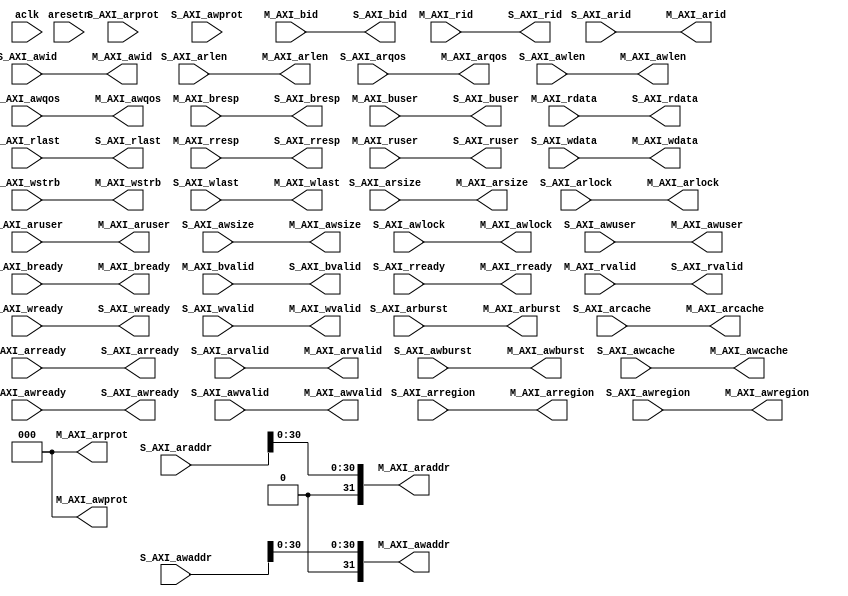
// This program was cloned from: https://github.com/esa-tu-darmstadt/tapasco
// License: GNU Lesser General Public License v3.0

/*
 * AXI offset. Set highest address bit to zero.
 *
 * Copyright (c) 2018 Embedded Systems and Applications Group, TU Darmstadt
 */

`default_nettype none

module axi_generic_offset #(
    parameter BYTES_PER_WORD = 16,
    parameter ADDRESS_WIDTH = 32,
    parameter ID_WIDTH = 6,
    parameter OVERWRITE_BITS = 1,
    parameter HIGHEST_ADDR_BIT = 0
) (
    input wire aclk,
    input wire aresetn,

    input  wire [ADDRESS_WIDTH-1:0]     S_AXI_araddr,
    input  wire [7:0]                   S_AXI_arlen,
    input  wire [2:0]                   S_AXI_arprot,
    input  wire [2:0]                   S_AXI_arsize,
    input  wire [1:0]                   S_AXI_arburst,
    input  wire                         S_AXI_arlock,
    input  wire [3:0]                   S_AXI_arcache,
    input  wire [3:0]                   S_AXI_arqos,
    input  wire [3:0]                   S_AXI_arregion,
    input  wire                         S_AXI_aruser,
    input  wire [ID_WIDTH-1:0]          S_AXI_arid,
    output wire                         S_AXI_arready,
    input  wire                         S_AXI_arvalid,
    input  wire [ADDRESS_WIDTH-1:0]     S_AXI_awaddr,
    input  wire [7:0]                   S_AXI_awlen,
    input  wire [2:0]                   S_AXI_awprot,
    input  wire [2:0]                   S_AXI_awsize,
    input  wire [1:0]                   S_AXI_awburst,
    input  wire                         S_AXI_awlock,
    input  wire [3:0]                   S_AXI_awcache,
    input  wire [3:0]                   S_AXI_awqos,
    input  wire [3:0]                   S_AXI_awregion,
    input  wire                         S_AXI_awuser,
    input  wire [ID_WIDTH-1:0]          S_AXI_awid,
    output wire                         S_AXI_awready,
    input  wire                         S_AXI_awvalid,
    input  wire                         S_AXI_bready,
    output wire                         S_AXI_bvalid,
    output wire [ID_WIDTH-1:0]          S_AXI_bid,
    output wire [1:0]                   S_AXI_bresp,
    output wire                         S_AXI_buser,
    output wire [BYTES_PER_WORD*8-1:0]  S_AXI_rdata,
    output wire                         S_AXI_rlast,
    input  wire                         S_AXI_rready,
    output wire                         S_AXI_rvalid,
    output wire [ID_WIDTH-1:0]          S_AXI_rid,
    output wire [1:0]                   S_AXI_rresp,
    output wire                         S_AXI_ruser,
    input  wire [BYTES_PER_WORD*8-1:0]  S_AXI_wdata,
    input  wire [BYTES_PER_WORD-1:0]    S_AXI_wstrb,
    input  wire                         S_AXI_wlast,
    output wire                         S_AXI_wready,
    input  wire                         S_AXI_wvalid,

    output wire [ADDRESS_WIDTH-1:0]     M_AXI_araddr,
    output wire [7:0]                   M_AXI_arlen,
    output wire [2:0]                   M_AXI_arprot,
    output wire [2:0]                   M_AXI_arsize,
    output wire [1:0]                   M_AXI_arburst,
    output wire                         M_AXI_arlock,
    output wire [3:0]                   M_AXI_arcache,
    output wire [3:0]                   M_AXI_arqos,
    output wire [3:0]                   M_AXI_arregion,
    output wire                         M_AXI_aruser,
    output wire [ID_WIDTH-1:0]          M_AXI_arid,
    input  wire                         M_AXI_arready,
    output wire                         M_AXI_arvalid,
    output wire [ADDRESS_WIDTH-1:0]     M_AXI_awaddr,
    output wire [7:0]                   M_AXI_awlen,
    output wire [2:0]                   M_AXI_awprot,
    output wire [2:0]                   M_AXI_awsize,
    output wire [1:0]                   M_AXI_awburst,
    output wire                         M_AXI_awlock,
    output wire [3:0]                   M_AXI_awcache,
    output wire [3:0]                   M_AXI_awqos,
    output wire [3:0]                   M_AXI_awregion,
    output wire                         M_AXI_awuser,
    output wire [ID_WIDTH-1:0]          M_AXI_awid,
    input  wire                         M_AXI_awready,
    output wire                         M_AXI_awvalid,
    output wire                         M_AXI_bready,
    input  wire                         M_AXI_bvalid,
    input  wire [ID_WIDTH-1:0]          M_AXI_bid,
    input  wire [1:0]                   M_AXI_bresp,
    input  wire                         M_AXI_buser,
    input  wire [BYTES_PER_WORD*8-1:0]  M_AXI_rdata,
    input  wire                         M_AXI_rlast,
    output wire                         M_AXI_rready,
    input  wire                         M_AXI_rvalid,
    input  wire [ID_WIDTH-1:0]          M_AXI_rid,
    input  wire [1:0]                   M_AXI_rresp,
    input  wire                         M_AXI_ruser,
    output wire [BYTES_PER_WORD*8-1:0]  M_AXI_wdata,
    output wire [BYTES_PER_WORD-1:0]    M_AXI_wstrb,
    output wire                         M_AXI_wlast,
    input  wire                         M_AXI_wready,
    output wire                         M_AXI_wvalid
);

assign M_AXI_araddr = {HIGHEST_ADDR_BIT[OVERWRITE_BITS-1:0],S_AXI_araddr[ADDRESS_WIDTH-OVERWRITE_BITS-1:0]};
assign M_AXI_arlen = S_AXI_arlen;

// overwrite arprot with "Secure Data Unpriviledged" to prevent DECERR returned by memory controller of the PYNQ 
assign M_AXI_arprot = 3'b000;
assign M_AXI_arsize = S_AXI_arsize;
assign M_AXI_arburst = S_AXI_arburst;
assign M_AXI_arlock = S_AXI_arlock;
assign M_AXI_arcache = S_AXI_arcache;
assign M_AXI_arqos = S_AXI_arqos;
assign M_AXI_arregion = S_AXI_arregion;
assign M_AXI_aruser = S_AXI_aruser;
assign M_AXI_arid = S_AXI_arid;
assign M_AXI_arvalid = S_AXI_arvalid;

assign M_AXI_awaddr = {HIGHEST_ADDR_BIT[OVERWRITE_BITS-1:0],S_AXI_awaddr[ADDRESS_WIDTH-OVERWRITE_BITS-1:0]};
assign M_AXI_awlen = S_AXI_awlen;

// overwrite awprot with "Secure Data Unpriviledged" to prevent DECERR returned by memory controller of the PYNQ 
assign M_AXI_awprot = 3'b000;
assign M_AXI_awsize = S_AXI_awsize;
assign M_AXI_awburst = S_AXI_awburst;
assign M_AXI_awlock = S_AXI_awlock;
assign M_AXI_awcache = S_AXI_awcache;
assign M_AXI_awqos = S_AXI_awqos;
assign M_AXI_awregion = S_AXI_awregion;
assign M_AXI_awuser = S_AXI_awuser;
assign M_AXI_awid = S_AXI_awid;
assign M_AXI_awvalid = S_AXI_awvalid;

assign M_AXI_bready = S_AXI_bready;
assign S_AXI_bid = M_AXI_bid;
assign S_AXI_bresp = M_AXI_bresp;
assign S_AXI_buser = M_AXI_buser;

assign M_AXI_rready = S_AXI_rready;
assign M_AXI_wdata = S_AXI_wdata;
assign M_AXI_wstrb = S_AXI_wstrb;
assign M_AXI_wlast = S_AXI_wlast;
assign M_AXI_wvalid = S_AXI_wvalid;

assign S_AXI_arready = M_AXI_arready;
assign S_AXI_awready = M_AXI_awready;
assign S_AXI_bvalid = M_AXI_bvalid;
assign S_AXI_rdata = M_AXI_rdata;
assign S_AXI_rlast = M_AXI_rlast;
assign S_AXI_rvalid = M_AXI_rvalid;
assign S_AXI_rid = M_AXI_rid;
assign S_AXI_rresp = M_AXI_rresp;
assign S_AXI_ruser = M_AXI_ruser;
assign S_AXI_wready = M_AXI_wready;

endmodule

`default_nettype wire